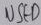
Text: USFO